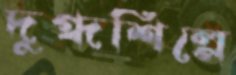
দুগ্ধশিল্পে